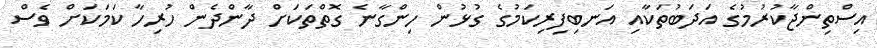
އިސްތިންޖާކުރުމުގެ އަދަބުތަކާއި އަނބިފިރިކަމުގެ ގުޅުން ހިންގާނެ ގޮތްތަކަށް ދާންދެން ހުރިހާ ކަމަކަށް ވެސް